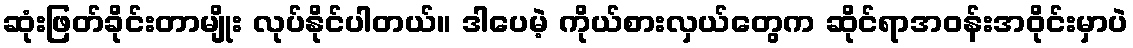
ဆုံးဖြတ်ခိုင်းတာမျိုး လုပ်နိုင်ပါတယ်။ ဒါပေမဲ့ ကိုယ်စားလှယ်တွေက ဆိုင်ရာအဝန်းအဝိုင်းမှာပဲ